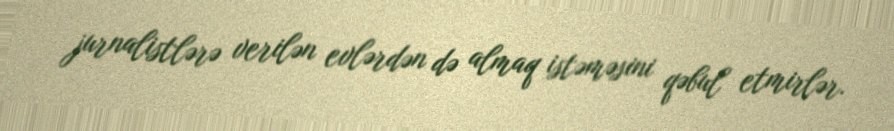
jurnalistlərə verilən evlərdən də almaq istəməsini qəbul etmirlər.